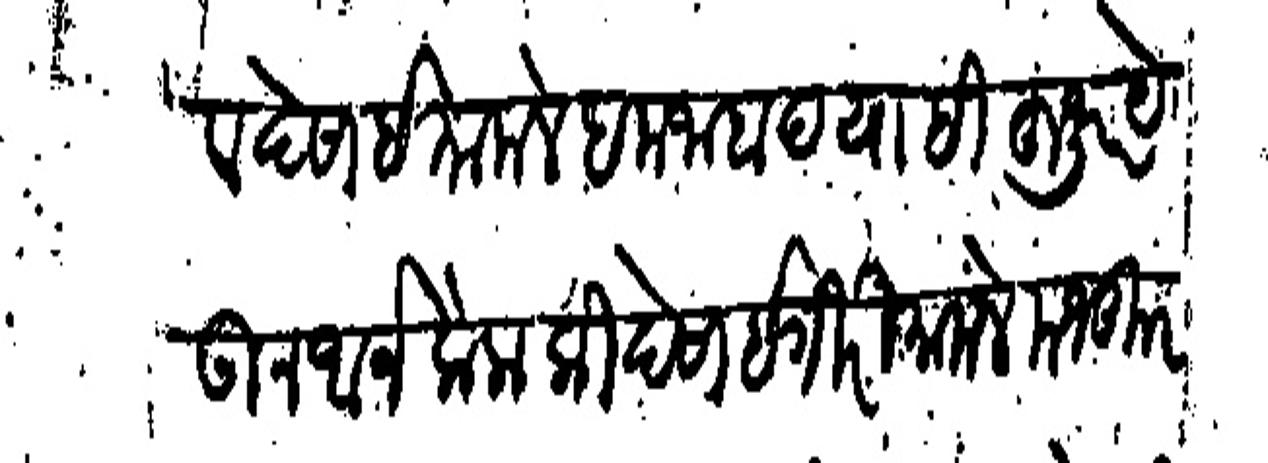
Transliteration (Devanagari): कोकणराव देसाई मामले हमजाबाद याही हूजूर येऊन अर्ज केला की देसाईगीरी मामले मजकूर